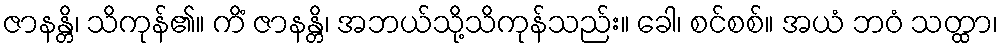
ဇာနန္တိ၊ သိကုန်၏။ ကိံ ဇာနန္တိ၊ အဘယ်သို့သိကုန်သည်း။ ခေါ၊ စင်စစ်။ အယံ ဘဝံ သတ္ထာ၊